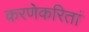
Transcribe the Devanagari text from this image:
करणेकरितां